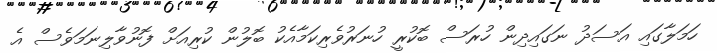
ހަމަލާގައި އަސަދު ނަގައިދިން ހުރަސް ބޮކުރީ ހުނަރުވެރިކަމާއެކު ބޮލުން ކުރިއަށް ފޮނުވާލިނަމަވެސް އެ